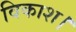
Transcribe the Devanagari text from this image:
विकाश।